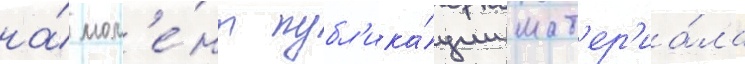
на́ мом'е́нт публ'ика́ции мат'ер'иа́ла